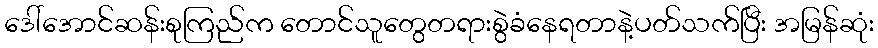
ဒေါ်အောင်ဆန်းစုကြည်က တောင်သူတွေတရားစွဲခံနေရတာနဲ့ပတ်သက်ပြီး အမြန်ဆုံး